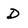
Character: D